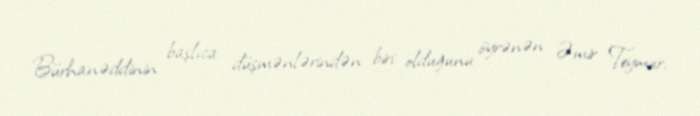
Bürhanəddinin başlıca düşmənlərindən biri olduğunu öyrənən Əmir Teymur,